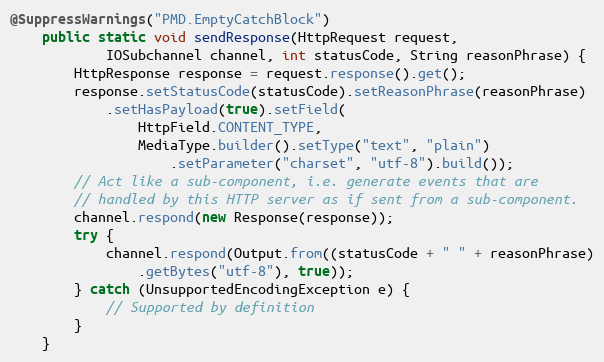
Language: Java
@SuppressWarnings("PMD.EmptyCatchBlock")
    public static void sendResponse(HttpRequest request,
            IOSubchannel channel, int statusCode, String reasonPhrase) {
        HttpResponse response = request.response().get();
        response.setStatusCode(statusCode).setReasonPhrase(reasonPhrase)
            .setHasPayload(true).setField(
                HttpField.CONTENT_TYPE,
                MediaType.builder().setType("text", "plain")
                    .setParameter("charset", "utf-8").build());
        // Act like a sub-component, i.e. generate events that are
        // handled by this HTTP server as if sent from a sub-component.
        channel.respond(new Response(response));
        try {
            channel.respond(Output.from((statusCode + " " + reasonPhrase)
                .getBytes("utf-8"), true));
        } catch (UnsupportedEncodingException e) {
            // Supported by definition
        }
    }